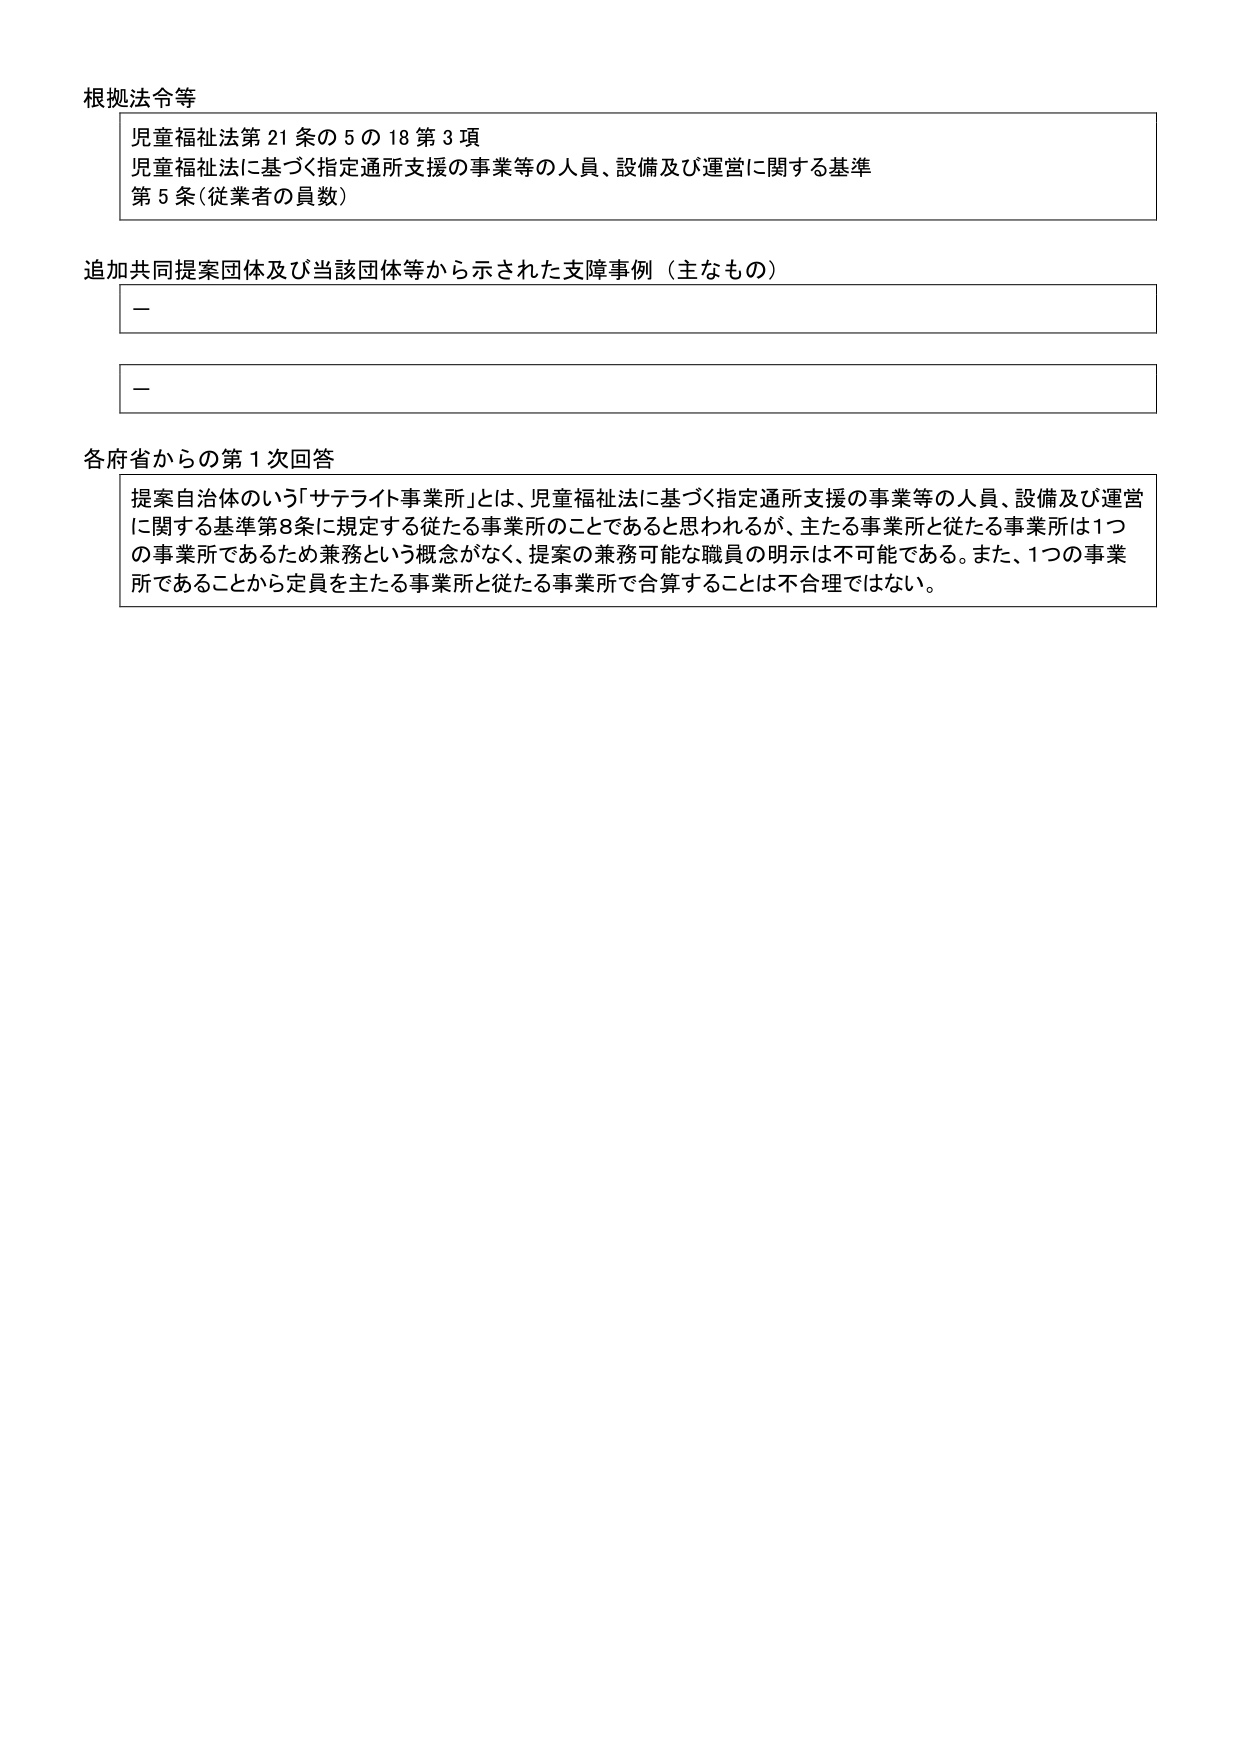
根拠法令等
児童福祉法第21条の5の18第3項
児童福祉法に基づく指定通所支援の事業等の人員、設備及び運営に関する基準
第5条(従業者の員数)

追加共同提案団体及び当該団体等から示された支障事例（主なもの）
－
－

各府省からの第1次回答
提案自治体のいう「サテライト事業所」とは、児童福祉法に基づく指定通所支援の事業等の人員、設備及び運営に関する基準第8条に規定する従たる事業所のことであると思われるが、主たる事業所と従たる事業所は1つの事業所であるため兼務という概念がなく、提案の兼務可能な職員の明示は不可能である。また、1つの事業所であることから定員を主たる事業所と従たる事業所で合算することは不合理ではない。